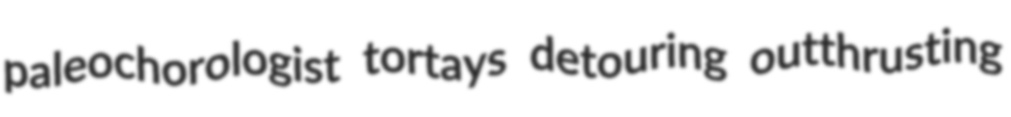
paleochorologist tortays detouring outthrusting